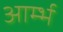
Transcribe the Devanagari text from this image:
आर्म्भ